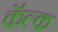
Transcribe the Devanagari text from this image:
कॅल्क